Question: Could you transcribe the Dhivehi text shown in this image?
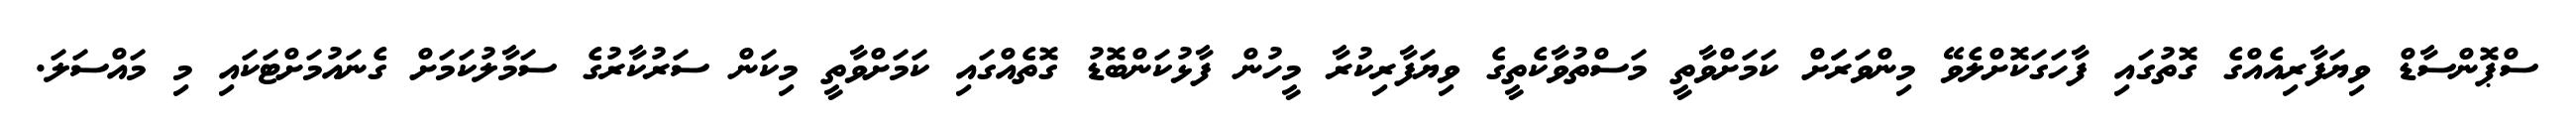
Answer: ސްޕޮންސާޑް ވިޔަފާރިއެއްގެ ގޮތުގައި ފާހަގަކޮށްލެވޭ މިންވަރަަށް ކަމަށްވާތީ މަސްތުވާކެތީގެ ވިޔަފާރިކުރާ މީހުން ފާޅުކަންބޮޑު ގޮތެއްގައި ކަމަށްވާތީ މިކަން ސަރުކާރުގެ ސަމާލުކަމަށް ގެނައުމަށްޓަކައި މި މައްސަލަ.